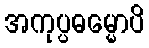
အကုပ္ပဓမ္မောပိ